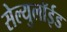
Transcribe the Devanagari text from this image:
सेल्युलॉईड